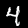
Label: 4